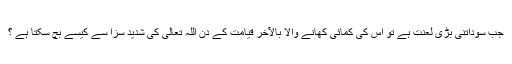
جب سوداتنی بڑی لعنت ہے تو اس کی کمائی کھانے والا بالآخر قیامت کے دن اللہ تعالیٰ کی شدید سزا سے کیسے بچ سکتا ہے ؟